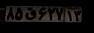
۸۵ق۶۲۷۱۳